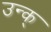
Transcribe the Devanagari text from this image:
उन्क्